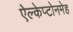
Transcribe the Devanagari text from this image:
ऐल्केप्टोनमेह